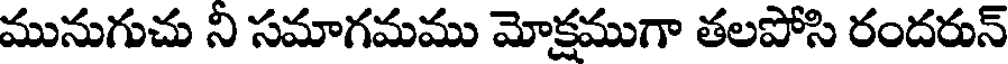
మునుగుచు ని సమాగమము మోక్షముగా తలపోసి రందరున్